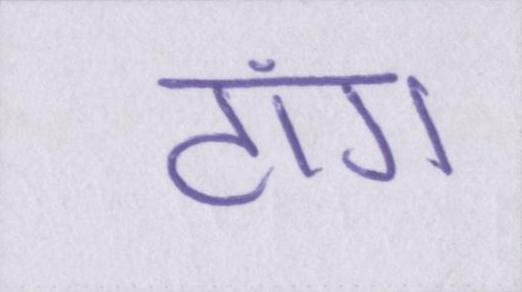
टांग